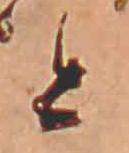
と